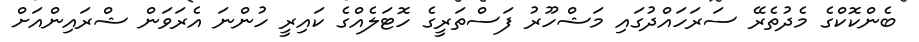
ބެންކޮކްގެ މެދުތެރޭ ސަރަހައްދުގައި މަޝްހޫރު ފަސްތަރީގެ ހޮޓަލެއްގެ ކައިރީ ހުންނަ އެރަވަން ޝްރައިންއަށް